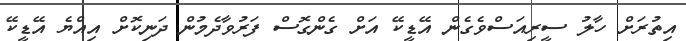
އިތުރަށް ހާލު ސީރިއަސްވެގެން އޭޑީކޭ އަށް ގެންގޮސް ފަރުވާދެމުން ދަނިކޮށް އިއްޔެ އޭޑީކޭ